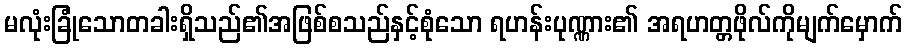
မလုံးခြုံသောတခါးရှိသည်၏အဖြစ်စသည်နှင့်စုံသော ရဟန်းပုဏ္ဏား၏ အရဟတ္တဖိုလ်ကိုမျက်မှောက်